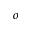
_ o